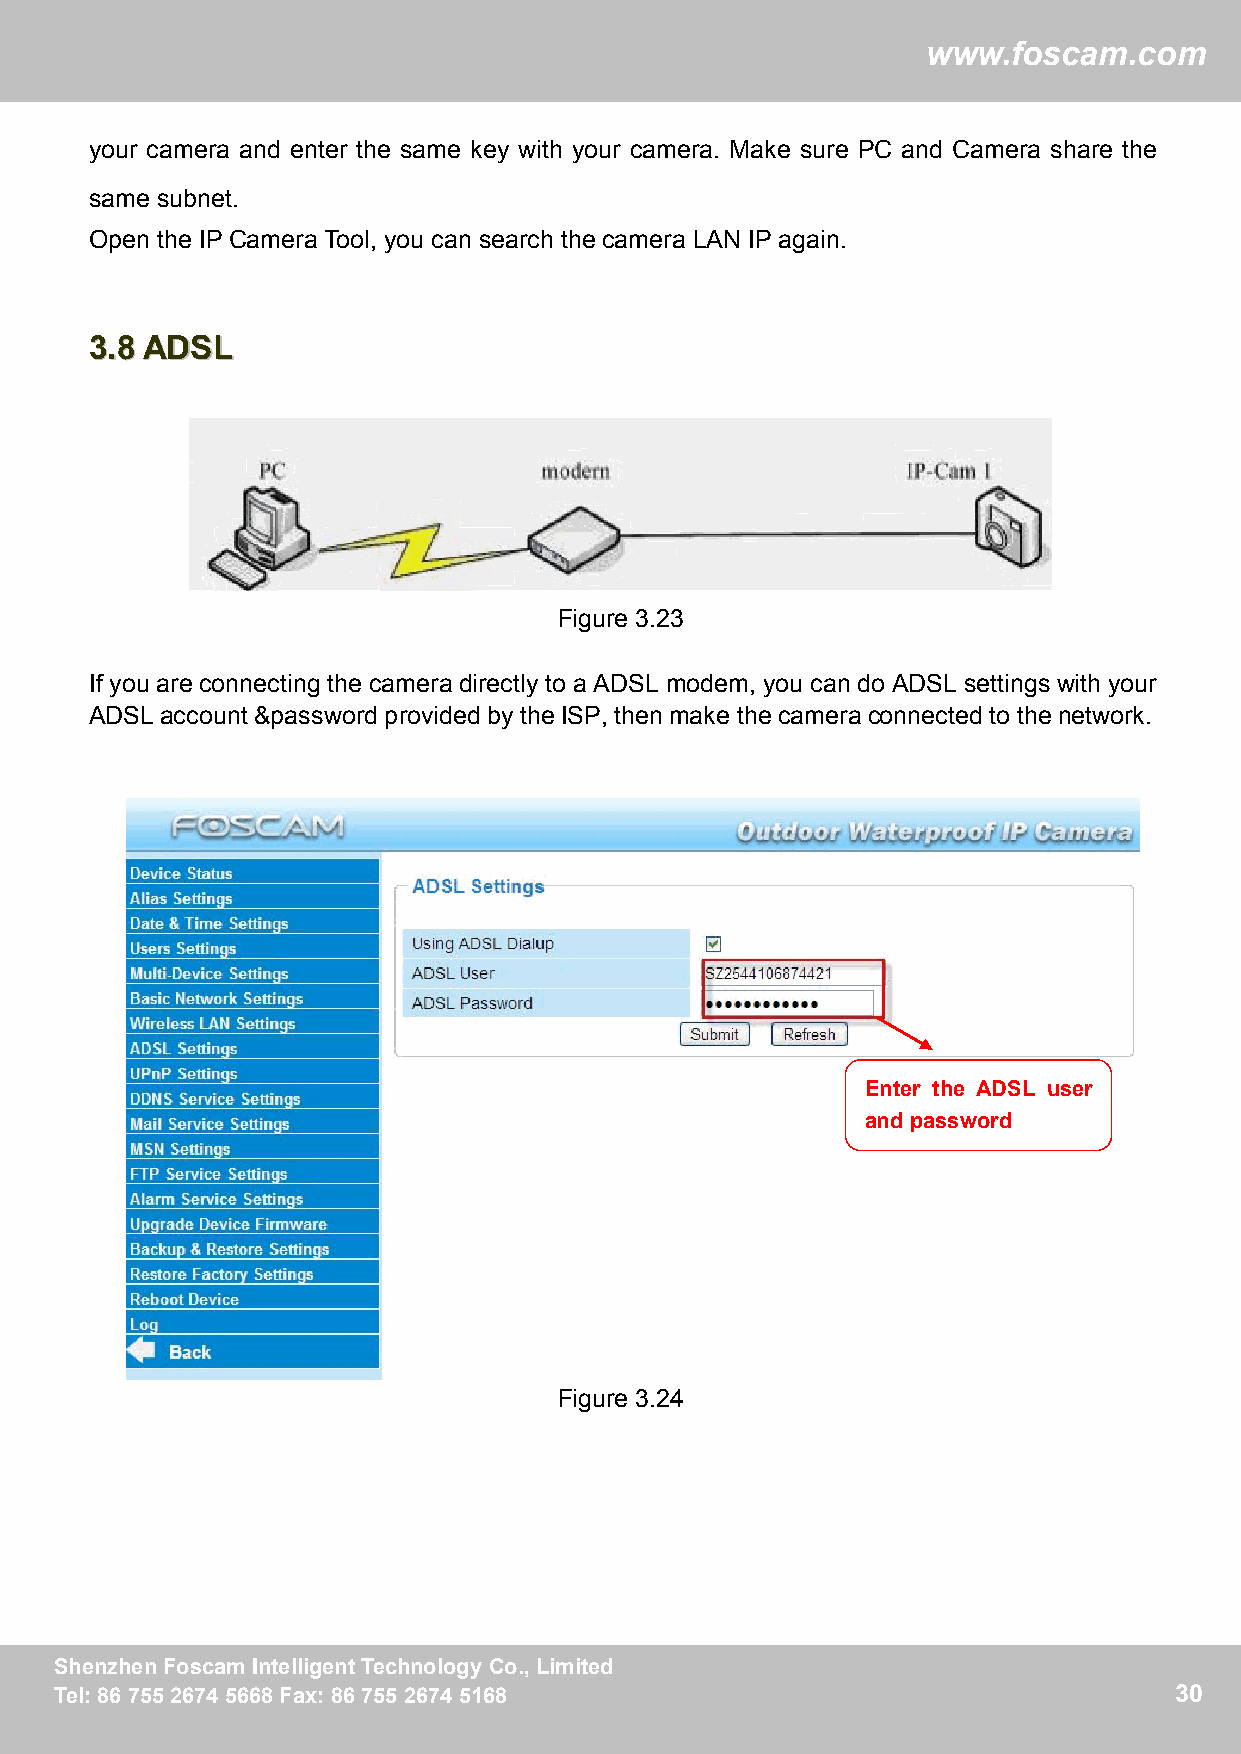
ww
 wwwwww..ffoossccaamm..ccoomm
 your camera and enter the same key with your camera. Make sure PC and Camera share the
 same subnet.
 Open the IP Camera Tool, you can search the camera LAN IP again.
 33..88 AADDSSLL
 Figure 3.23
 If you are connecting the camera directly to a ADSL modem, you can do ADSL settings with your
 ADSLaccount &password providedby theISP,thenmake the cameraconnected to thenetwork.
 Enter the ADSL user
 andpassword
 Figure 3.24
 SShheennzzhheennFFoossccaammIInntteelllliiggeennttTTeecchhnnoollooggyyCCoo..,,LLiimmiitteedd 30
 TTeell::88667755552266774455666688FFaaxx::88667755552266774455116688      30